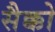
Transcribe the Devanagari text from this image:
सैक्को